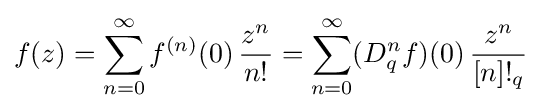
f(z)=\sum _{n=0}^{\infty }f^{(n)}(0)\,{\frac {z^{n}}{n!}}=\sum _{n=0}^{\infty }(D_{q}^{n}f)(0)\,{\frac {z^{n}}{[n]!_{q}}}